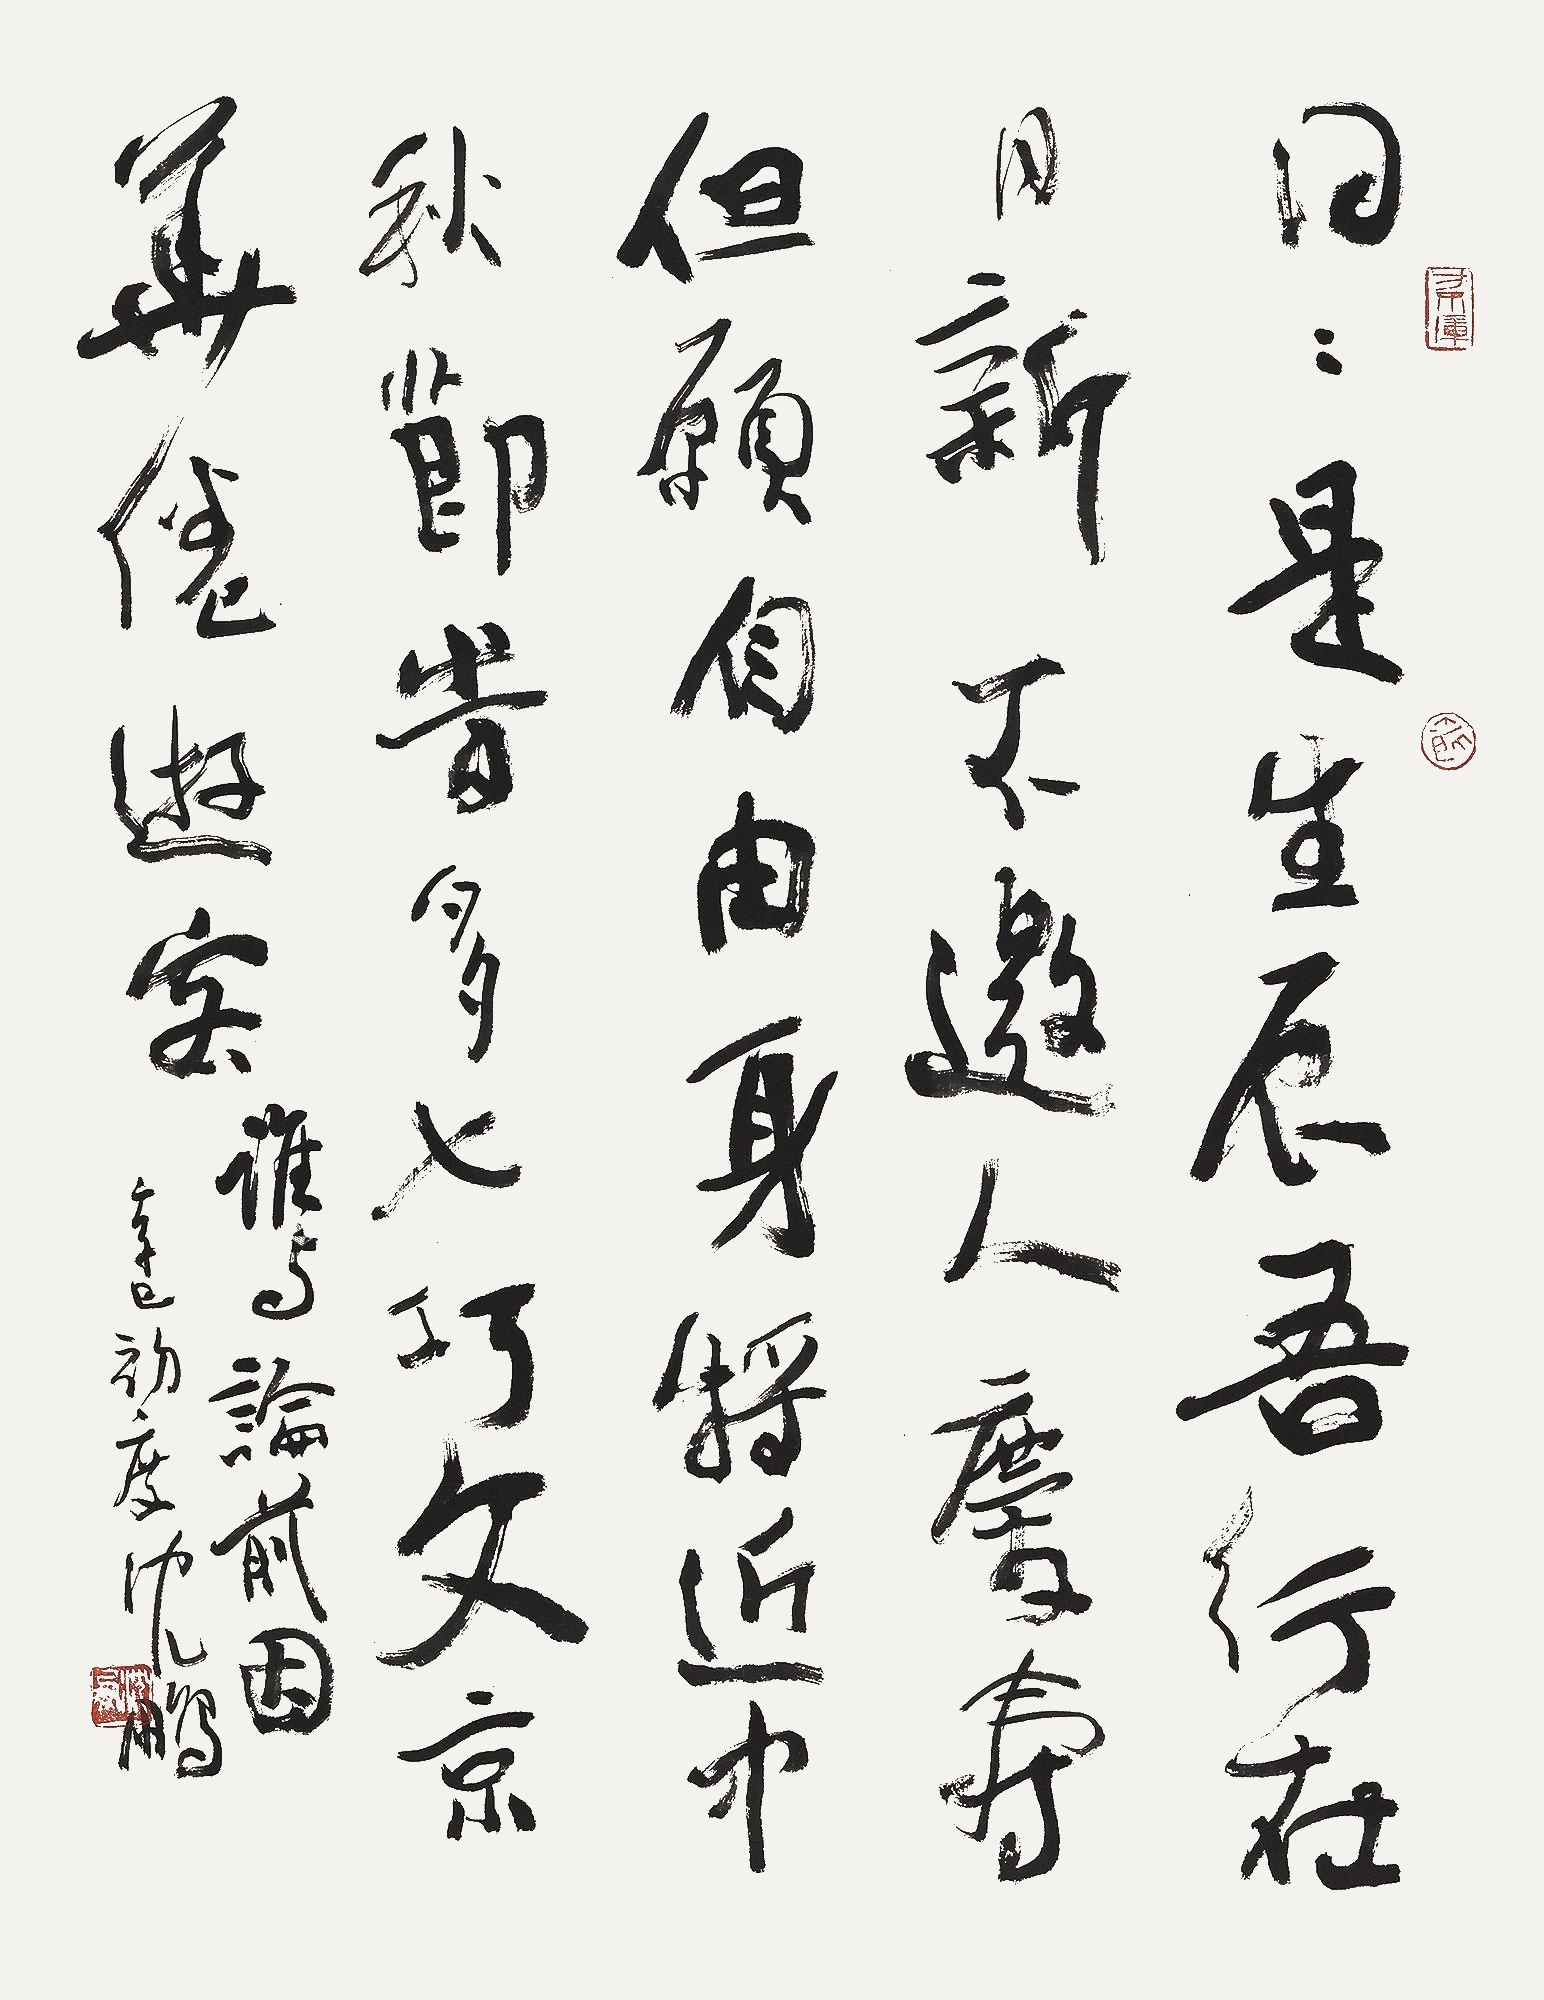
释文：日日是生辰，吾行在日新。不邀人庆寿，但愿自由身。将近中秋节，时兴七巧文。京华倦游客，谁与论前因。辛巳初夏，沈鹏。